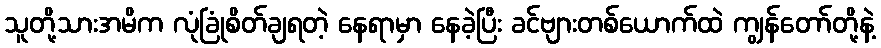
သူတို့သားအမိက လုံခြုံစိတ်ချရတဲ့ နေရာမှာ နေခဲ့ပြီး ခင်ဗျားတစ်ယောက်ထဲ ကျွန်တော်တို့နဲ့